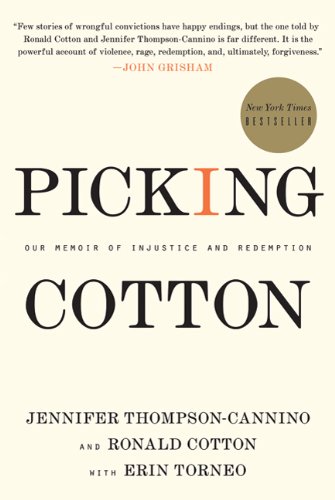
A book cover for Picking Cotton: Our Memoir of Injustice and Redemption; Jennifer Thompson-Cannino; Biographies & Memoirs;